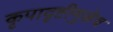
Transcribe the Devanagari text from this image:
कृपादृष्टीमुळेच